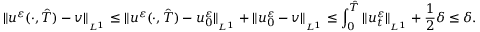
\| u ^ { \varepsilon } ( \cdot , \hat { T } ) - v \| _ { _ { L ^ { 1 } } } \leq \| u ^ { \varepsilon } ( \cdot , \hat { T } ) - u _ { 0 } ^ { \varepsilon } \| _ { _ { L ^ { 1 } } } + \| u _ { 0 } ^ { \varepsilon } - v \| _ { _ { L ^ { 1 } } } \leq \int _ { 0 } ^ { \hat { T } } \| u _ { t } ^ { \varepsilon } \| _ { _ { L ^ { 1 } } } + \frac 1 2 \delta \leq \delta .